King Institute of Preventive Medicine Micro-Biological Section reports 1912-19
Year: 1912
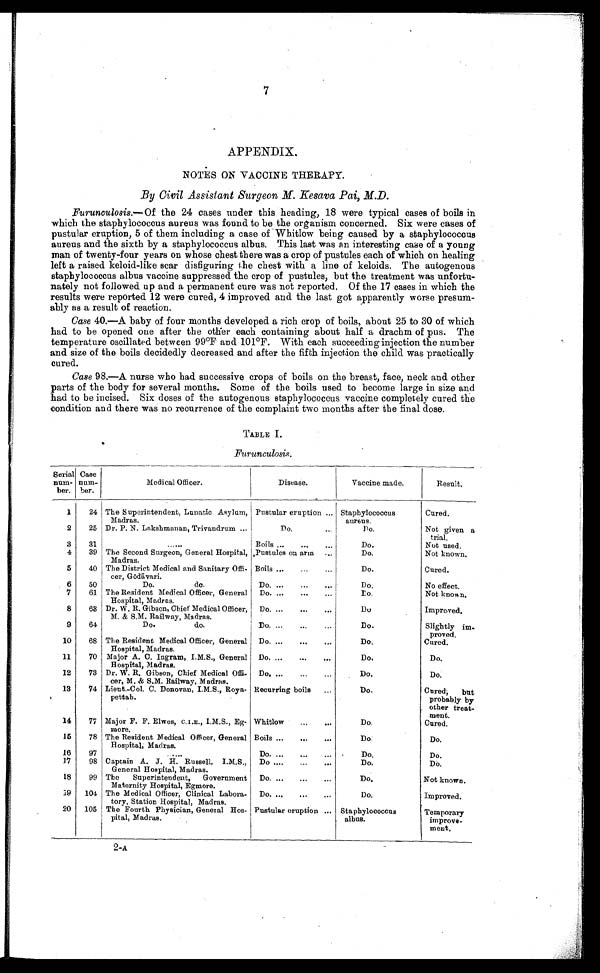
7
APPENDIX.
NOTES ON VACCINE THERAPY.
By Civil Assistant Surgeon M. Kesava Pai, M.D.
Furunculosis .—Of the 24 cases under this heading, 18 were typical cases of boils in
which the staphylococcus aureus was found to be the organism concerned. Six were cases of
pustular eruption, 5 of them including a case of Whitlow being caused by a staphylococcus
aureus and the sixth by a staphylococcus albus. This last was an interesting case of a young
man of twenty-four years on whose chest there was a crop of pustules each of which on healing
left a raised keloid-like scar disfiguring the chest with a line of keloids. The autogenous
staphylococcus albus vaccine suppressed the crop of pustules, but the treatment was unfortu
-nately not followed up and a permanent cure was not reported. Of the 17 cases in which the
results were reported 12 were cured, 4 improved and the last got apparently worse presum
-ably as a result of reaction.
Case 40.—A baby of four months developed a rich crop of boils, about 25 to 30 of which
had to be opened one after the other each containing about half a drachm of pus. The
temperature oscillated between 99°F and 101°F. With each succeeding injection the number
and size of the boils decidedly decreased and after the fifth injection the child was practically
cured.
Case 98.—A nurse who bad successive crops of boils on the breast, face, neck and other
parts of the body for several months. Some of the boils used to become large in size and
had to be incised. Six doses of the autogenous staphylococcus vaccine completely cured the
condition and there was no recurrence of the complaint two months after the final dose.
TABLE I.
Furunculosis.
Serial
num-
ber.
Case
num-
ber.
Medical Officer.
Disease.
Vaccine made.
Result.
1
24 The Superintendent, Lunatic Asylum,
Madras.
Pustular eruption . . . Staphylococcus
aureus.
Cured.
2
25 Dr. P. N. Lakshmanan, Trivandrum . . .
Do. . . . Do.
Not given a
trial.
3
31
. . .
Boils . . .
D o . .
Not used.
4
39 The Second Surgeon, General Hospital,
Madras.
Pustules on arm . . .
Do.
Not known.
5
40 The District Medical and Sanitary Offi-
cer, Gōdā vari.
Boils . . .
Do.
Cured.
6
50
Do. do.
Do.
No effect.
7
61 The Resident Medical Officer, General
Hospital, Madras.
Do. . . .
Do.
Not known.
8
63 Dr. W. R. Gibson, Chief Medical Officer,
M. & S.M. Railway, Madras.
Do. . . .
D o .
Improved.
9
64
Do. do.
D o . . . .
Do.
Slightly im
-proved.
10
68 The Resident Medical Officer, General
Hospital, Madras.
Do. . . .
Do.
Cured.
11
70 Major A. C. Ingram, I.M.S., General
Hospital, Madras.
Do. . . .
D o .
Do.
12
73 Dr. W. R. Gibson, Chief Medical offi-
cer, M. & S.M. Railway, Madras.
Do. . . .
Do.
Do.
13
74 Lieut.-Col. C. Donovan, I.M.S., Roya-
pettah.
Recurring boils . . .
Do.
Cured; but
probably by
other treat
-
ment.
14
77 Major F. F. Elwes, C.I.E., I.M.S., Eg-
more.
Whitlow . . .
Do.
Cured.
15
78 The Resident Medical Officer, General
Hospital, Madras.
Boils . . .
Do.
Do.
16
97
. . .
Do.
. . .
Do.
Do.
17
98 Captain A. J. H. Russell, I.M.S.,
General Hospital, Madras.
Do . . .
Do.
Do.
18
99 The Superintendent, Government
Maternity Hospital, Egmore.
Do. . . .
Do.
Not known.
19
104 The Medical Officer, Clinical Labora-
tory, Station Hospital, Madras.
Do.
. . .
Do.
Improved.
20
105 The Fourth Physician, General Hos-
pital, Madras.
Pustular eruption . . . Staphylococcus
albus.
Temporary
improve -
ment.
2-A